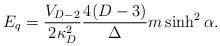
\begin{align*}E_q={V_{D-2}\over{2\kappa^2_D}}{{4(D-3)}\over\Delta}m\sinh^2\alpha.\end{align*}